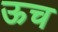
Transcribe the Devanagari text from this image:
ऊच